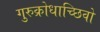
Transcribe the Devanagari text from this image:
गुरुक्रोधाच्छिवो